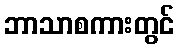
ဘာသာစကားတွင်